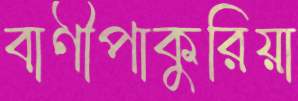
বাণীপাকুরিয়া